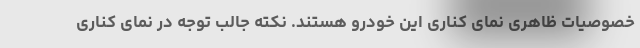
خصوصیات ظاهری نمای کناری این خودرو هستند. نکته جالب توجه در نمای کناری